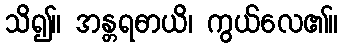
သိ၍။ အန္တရဓာယိ၊ ကွယ်လေ၏။